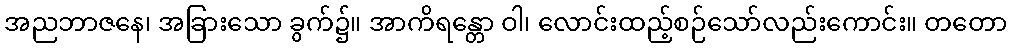
အညဘာဇနေ၊ အခြားသော ခွက်၌။ အာကိရန္တော ဝါ၊ လောင်းထည့်စဉ်သော်လည်းကောင်း။ တတော